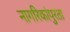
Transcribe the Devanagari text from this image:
नागरिकांपुरता